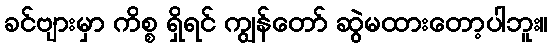
ခင်ဗျားမှာ ကိစ္စ ရှိရင် ကျွန်တော် ဆွဲမထားတော့ပါဘူး။